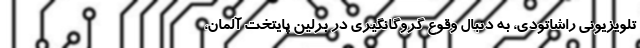
تلویزیونی راشاتودی، به دنبال وقوع گروگانگیری در برلین پایتخت آلمان،